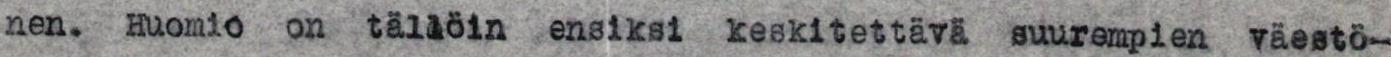
nen. Huomio on tällöin ensiksi keskitettävä suurempien väestö-